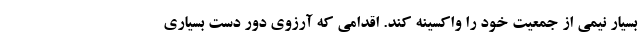
بسیار نیمی از جمعیت خود را واکسینه کند. اقدامی که آرزوی دور دست بسیاری